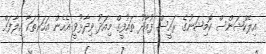
އިލެކްޝަންސް ކޮމިޝަނުގެ ރައީސް ފުއާދު ތައުފީގް މިއަދު ވިދާޅުވީ އެހެން އަހަރުތަކާ ހިލާފަށް